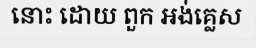
នោះ ដោយ ពួក អង់គ្លេស